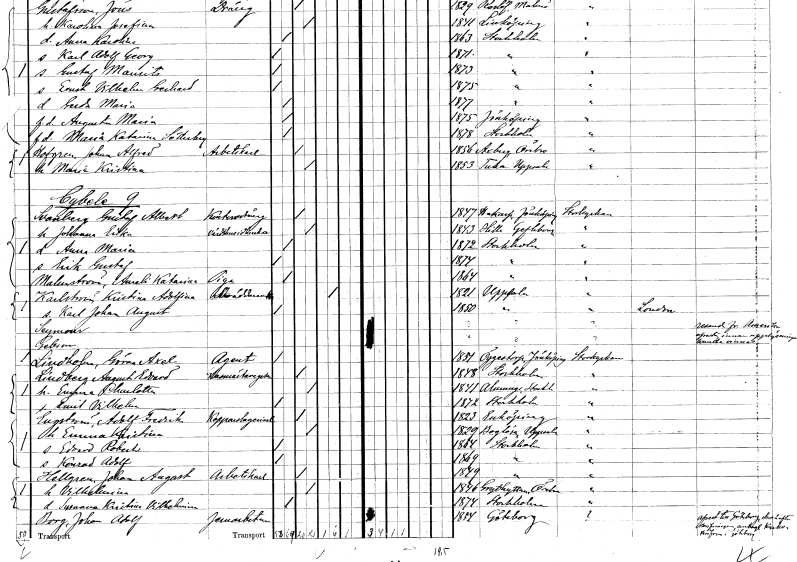
gt_parse: households: individuals: FN: Gustaf Albert
EN: Svenberg
YRKE: Kontorsdräng
KON: M
CIV: G
FODAR: 1847
FODFORS: Hakarp Jönköpings län
FN: Johanna Erika
YRKE: Värdshusidkerska
KON: K
CIV: G
FODAR: 1843
FODFORS: Hille Gävleborgs län
FN: Anna Maria
KON: K
CIV: O
FODAR: 1872
FODFORS: Stockholm
FN: Erik Gustaf
KON: M
CIV: O
FODAR: 1874
FODFORS: Stockholm
FN: Amalia Katarina
EN: Malmström
YRKE: Piga
KON: K
CIV: O
FODAR: 1864
FODFORS: Stockholm
FN: Kristina Adolfina
EN: Karlström
YRKE: Skräddarenka
KON: K
CIV: E
FODAR: 1821
FODFORS: Uppsala Uppsala län
FN: Karl Johan August
KON: M
CIV: O
FODAR: 1850
FODFORS: Uppsala Uppsala län
FN: Seymour
KON: M
CIV: O
FODAR: ????
FN: Gebson
KON: M
CIV: O
FODAR: ????
FN: Göran Axel
EN: Lindholm
YRKE: Agent
KON: M
CIV: O
FODAR: 1851
FODFORS: Öggestorp Jönköpings län
FN: August Edvard
EN: Lindberg
YRKE: Gasmästare
KON: M
CIV: G
FODAR: 1848
FODFORS: Stockholm
FN: Emma Charlotta
KON: K
CIV: G
FODAR: 1841
FODFORS: Almunge Uppsala län
FN: Emil Vilhelm
KON: M
CIV: O
FODAR: 1872
FODFORS: Stockholm
FN: Adolf Fredrik
EN: Engström
YRKE: Kopparslageriarbetare
KON: M
CIV: G
FODAR: 1823
FODFORS: Enköping Uppsala län
FN: Emma Kristina
KON: K
CIV: G
FODAR: 1829
FODFORS: Boglösa Uppsala län
FN: Edvard Robert
KON: M
CIV: O
FODAR: 1864
FODFORS: Stockholm
FN: Konrad Adolf
KON: M
CIV: O
FODAR: 1869
FODFORS: Stockholm
FN: Johan August
EN: Hellgren
YRKE: Arbetskarl
KON: M
CIV: G
FODAR: 1849
FODFORS: Stockholm
FN: Vilhelmina
KON: K
CIV: G
FODAR: 1846
FODFORS: Grythyttan Örebro län
FN: Susanna Kristina Vilhelmina
KON: K
CIV: O
FODAR: 1874
FODFORS: Stockholm
FN: Johan Adolf
EN: Borg
YRKE: Järnarbetare
KON: M
CIV: O
FODAR: 1854
FODFORS: Göteborg Göteborgs- och Bohuslän